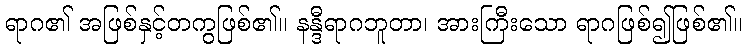
ရာဂ၏ အဖြစ်နှင့်တကွဖြစ်၏။ နန္ဒီရာဂဘူတာ၊ အားကြီးသော ရာဂဖြစ်၍ဖြစ်၏။